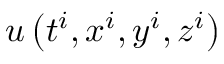
u \left( t ^ { i } , x ^ { i } , y ^ { i } , z ^ { i } \right)